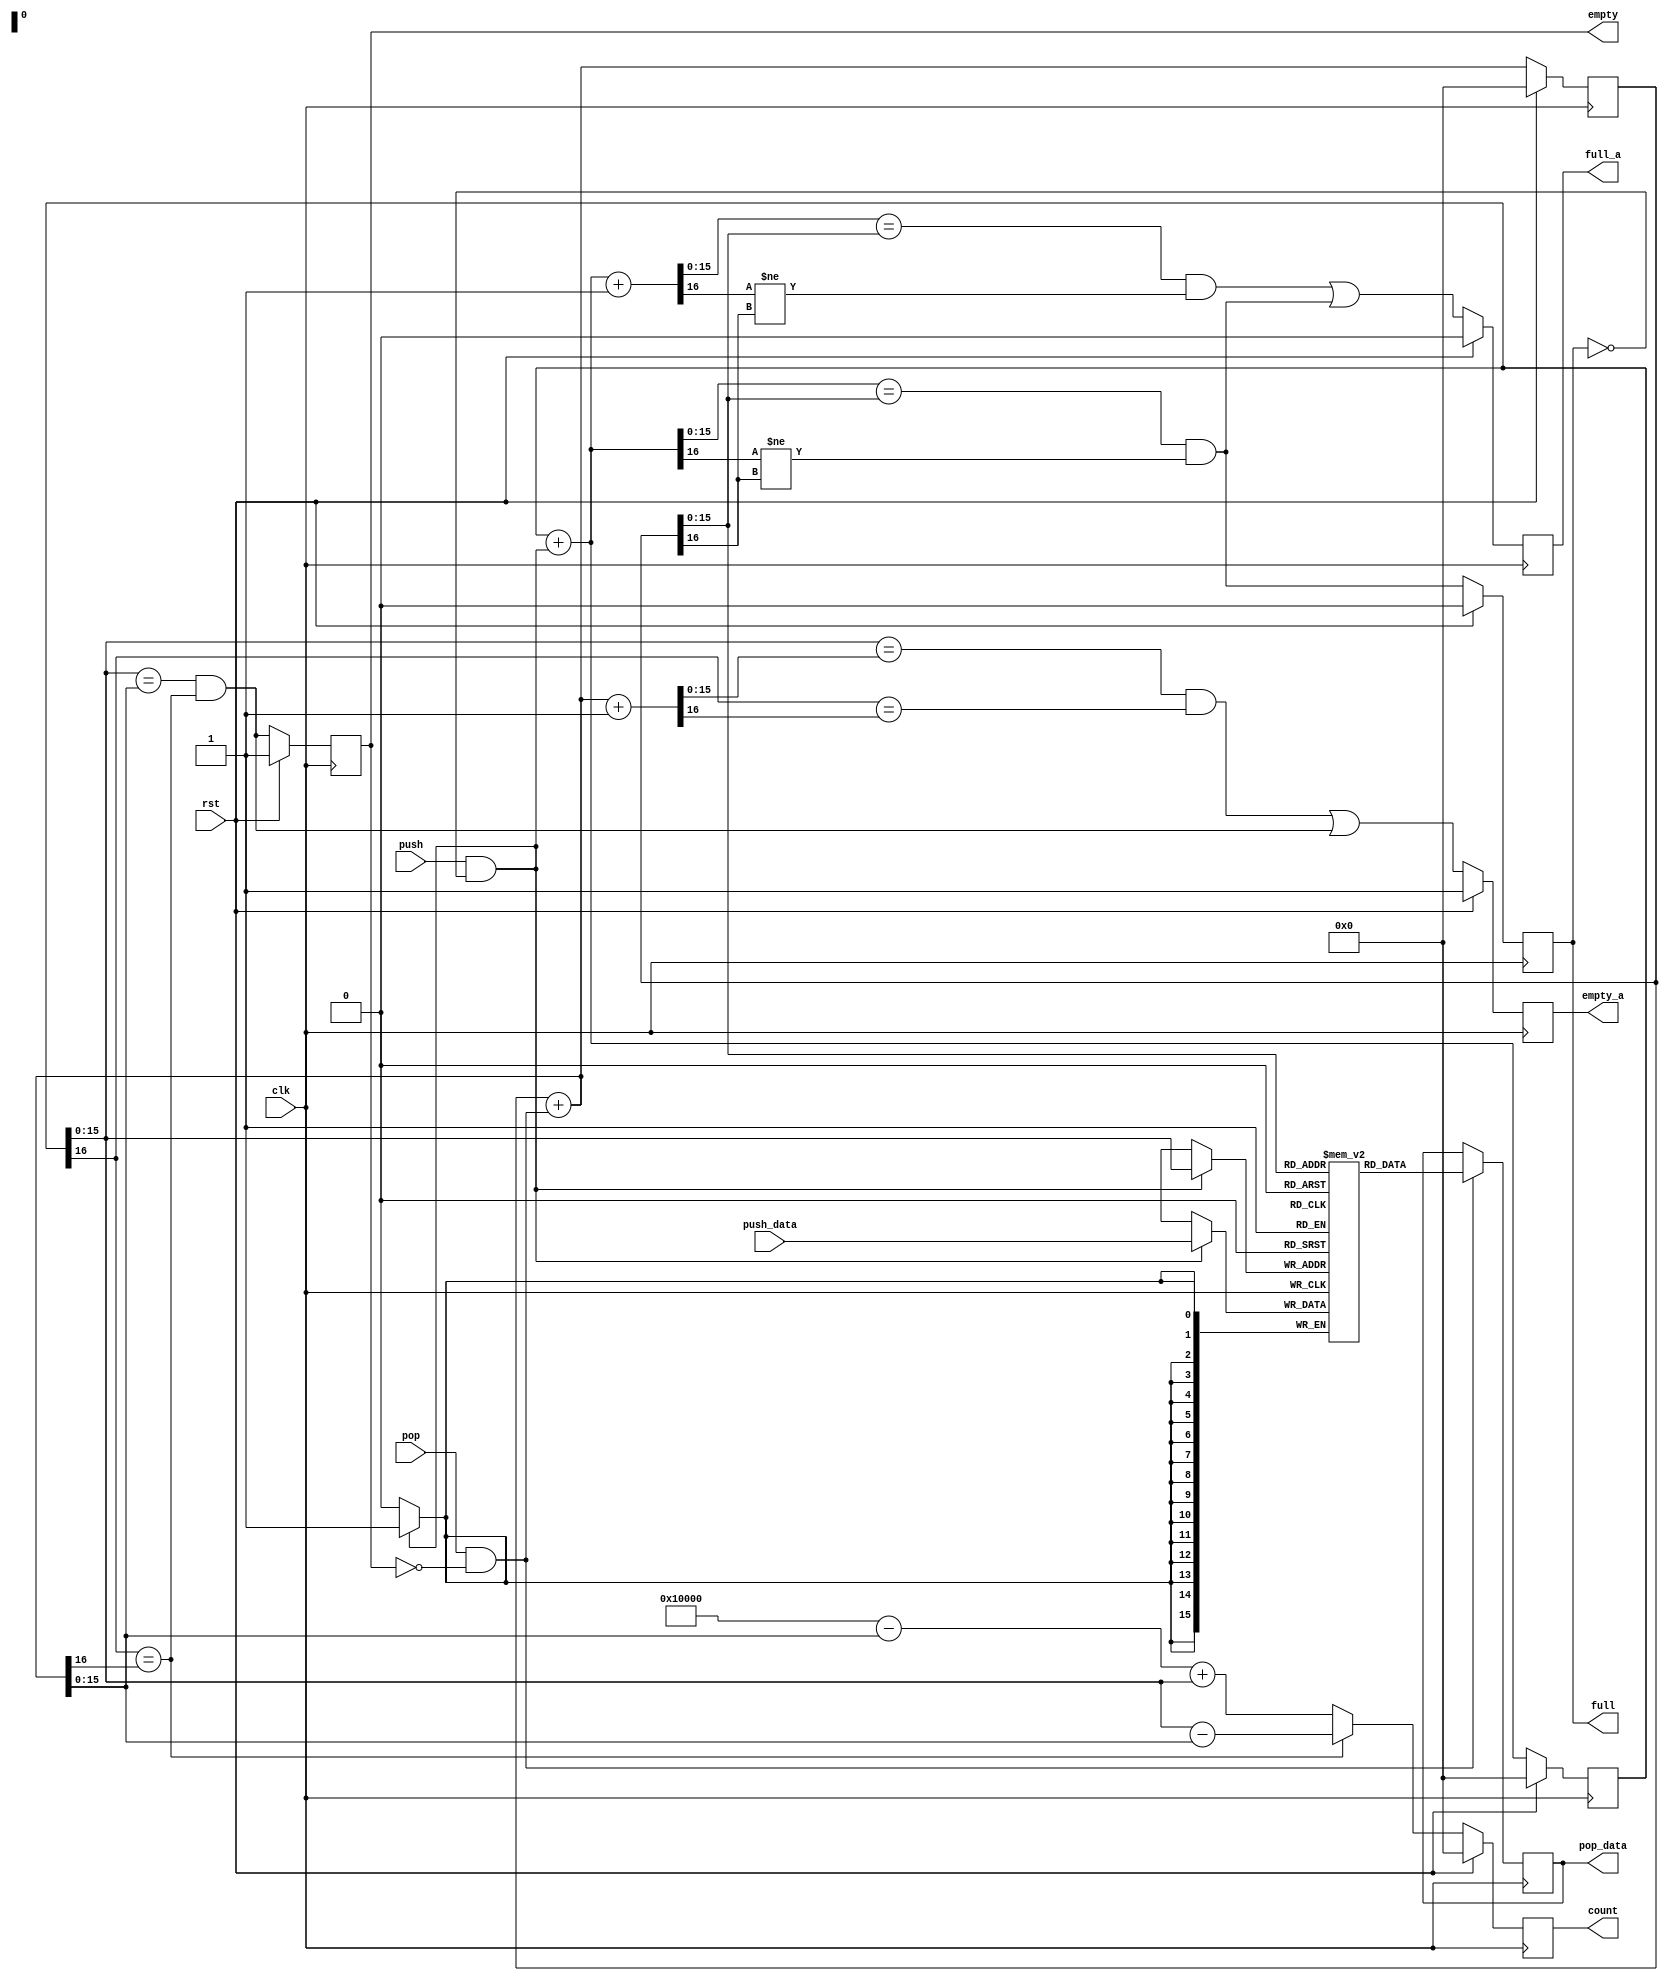
/**
 * Module:
 *  fifo_simple
 *
 * Description:
 *  A simple FIFO, with synchronous clock for both the pop and push ports.
 *
 * Testbench:
 *  fifo_simple_tb.v
 *
 * Created:
 *  Sun Nov 30 13:39:40 EST 2014
 *
 * Author:
 *  Berin Martini (berin.martini@gmail.com)
 */
`ifndef _fifo_simple_
`define _fifo_simple_


module fifo_simple
  #(parameter
    DATA_WIDTH  = 16,
    ADDR_WIDTH  = 16)
   (input                           clk,
    input                           rst,

    output reg  [ADDR_WIDTH:0]      count,
    output reg                      full,
    output reg                      full_a,
    output reg                      empty,
    output reg                      empty_a,

    input                           push,
    input       [DATA_WIDTH-1:0]    push_data,

    input                           pop,
    output reg  [DATA_WIDTH-1:0]    pop_data
);

    /**
     * Local parameters
     */

    localparam DEPTH = 1<<ADDR_WIDTH;


`ifdef VERBOSE
    initial $display("fifo sync with depth: %d", DEPTH);
`endif


    /**
     * Internal signals
     */

    reg  [DATA_WIDTH-1:0]       mem [0:DEPTH-1];

    reg  [ADDR_WIDTH:0]         push_ptr;
    wire [ADDR_WIDTH:0]         push_ptr_nx;
    reg  [ADDR_WIDTH:0]         pop_ptr;
    wire [ADDR_WIDTH:0]         pop_ptr_nx;

    wire [ADDR_WIDTH-1:0]       push_addr;
    wire [ADDR_WIDTH-1:0]       push_addr_nx;
    wire [ADDR_WIDTH-1:0]       pop_addr;
    wire [ADDR_WIDTH-1:0]       pop_addr_nx;

    wire                        full_nx;
    wire                        empty_nx;

    wire                        full_a_nx;
    wire [ADDR_WIDTH-1:0]       push_addr_a_nx;
    wire [ADDR_WIDTH:0]         push_ptr_a_nx;
    wire                        empty_a_nx;
    wire [ADDR_WIDTH-1:0]       pop_addr_a_nx;
    wire [ADDR_WIDTH:0]         pop_ptr_a_nx;


    /**
     * Implementation
     */

    assign push_addr    = push_ptr      [ADDR_WIDTH-1:0];

    assign push_addr_nx = push_ptr_nx   [ADDR_WIDTH-1:0];

    assign pop_addr     = pop_ptr       [ADDR_WIDTH-1:0];

    assign pop_addr_nx  = pop_ptr_nx    [ADDR_WIDTH-1:0];


    // full next
    assign full_nx  = (push_addr_nx == pop_addr) & (push_ptr_nx[ADDR_WIDTH] != pop_ptr[ADDR_WIDTH]);

    // almost full next
    assign push_ptr_a_nx    = push_ptr_nx + 1;

    assign push_addr_a_nx   = push_ptr_a_nx[0 +: ADDR_WIDTH];

    assign full_a_nx =
        (push_addr_a_nx == pop_addr) & (push_ptr_a_nx[ADDR_WIDTH] != pop_ptr[ADDR_WIDTH]);


    // empty next
    assign empty_nx = (push_addr == pop_addr_nx) & (push_ptr[ADDR_WIDTH] == pop_ptr_nx[ADDR_WIDTH]);

    // almost empty next
    assign pop_ptr_a_nx     = pop_ptr_nx + 1;

    assign pop_addr_a_nx    = pop_ptr_a_nx[0 +: ADDR_WIDTH];

    assign empty_a_nx =
        (push_addr == pop_addr_a_nx) & (push_ptr[ADDR_WIDTH] == pop_ptr_a_nx[ADDR_WIDTH]);


    // pop next
    assign pop_ptr_nx   = pop_ptr + {{ADDR_WIDTH-1{1'b0}}, (pop & ~empty)};

    // push next
    assign push_ptr_nx  = push_ptr + {{ADDR_WIDTH-1{1'b0}}, (push & ~full)};


    // registered population count.
    always @(posedge clk)
        if (rst) begin
            count <= 'b0;
        end
        else begin
            if (push_ptr[ADDR_WIDTH] == pop_ptr_nx[ADDR_WIDTH]) begin
                count <= (push_addr - pop_addr_nx);
            end
            else begin
                count <= DEPTH - pop_addr_nx + push_addr;
            end
        end


    // registered full flag
    always @(posedge clk)
        if (rst)    full    <= 1'b0;
        else        full    <= full_nx;


    // almost full flag
    always @(posedge clk)
        if (rst)    full_a  <= 1'b0;
        else        full_a  <= full_a_nx | full_nx;


    // registered empty flag
    always @(posedge clk)
        if (rst)    empty   <= 1'b1;
        else        empty   <= empty_nx;


    // almost empty flag
    always @(posedge clk)
        if (rst)    empty_a <= 1'b1;
        else        empty_a <= empty_a_nx | empty_nx;


    // memory read-address pointer
    always @(posedge clk)
        if (rst)    pop_ptr <= 0;
        else        pop_ptr <= pop_ptr_nx;


    // read from memory
    always @(posedge clk)
        if (pop & ~empty) pop_data <= mem[pop_addr];


    // memory write-address pointer
    always @(posedge clk)
        if (rst)    push_ptr    <= 0;
        else        push_ptr    <= push_ptr_nx;


    // write to memory
    always @(posedge clk)
        if (push & ~full) mem[push_addr] <= push_data;



endmodule

`endif //  `ifndef _fifo_simple_